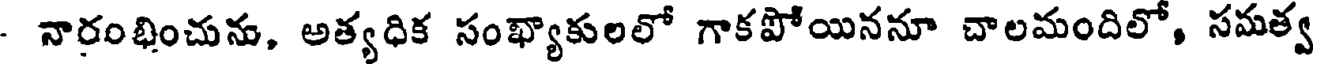
- నారంభించును, అత్యధిక సంఖ్యాకులలో గాకపోయిననూ చాలమందిలో, సమత్వ